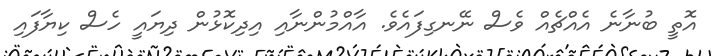
އޮތީ ބުނާނެ އެއްޗެއް ވެސް ނޭނގިފައެވެ. އާއްމުންނާއި އިދިކޮޅުން ދިޔައީ ހެސް ކިޔާފައި